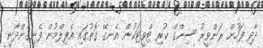
ދާދި ފަހުން ރަންވީރު ސިންގް ކުރި ޓްވީޓަކުން އެނގޭ ގޮތުގައި އެފިލްމުން ފެނިގެންދާނީ